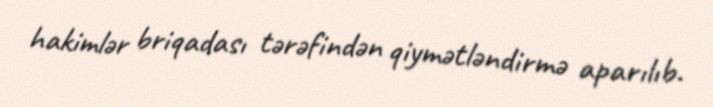
hakimlər briqadası tərəfindən qiymətləndirmə aparılıb.